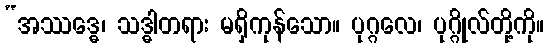
“အဿဒ္ဓေ၊ သဒ္ဓါတရား မရှိကုန်သော။ ပုဂ္ဂလေ၊ ပုဂ္ဂိုလ်တို့ကို။